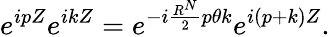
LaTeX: e^{ipZ}e^{ikZ}=e^{-i\frac{R^{N}}{2}p{\theta}k}e^{i(p+k)Z}.